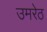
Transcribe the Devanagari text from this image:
उमरेठ